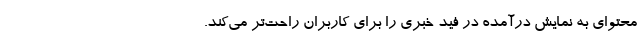
محتوای به نمایش درآمده در فید خبری را برای کاربران راحت‌تر می‌کند.